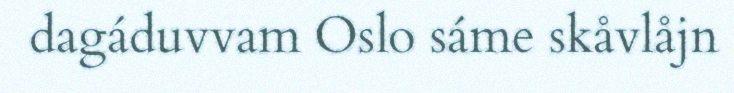
dagáduvvam Oslo sáme skåvlåjn